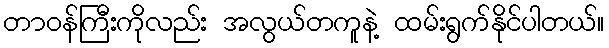
တာဝန်ကြီးကိုလည်း အလွယ်တကူနဲ့ ထမ်းရွက်နိုင်ပါတယ်။